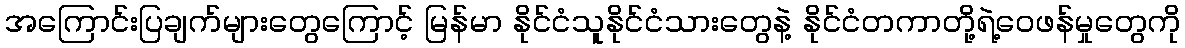
အကြောင်းပြချက်များတွေကြောင့် မြန်မာ နိုင်ငံသူနိုင်ငံသားတွေနဲ့ နိုင်ငံတကာတို့ရဲ့ဝေဖန်မှုတွေကို